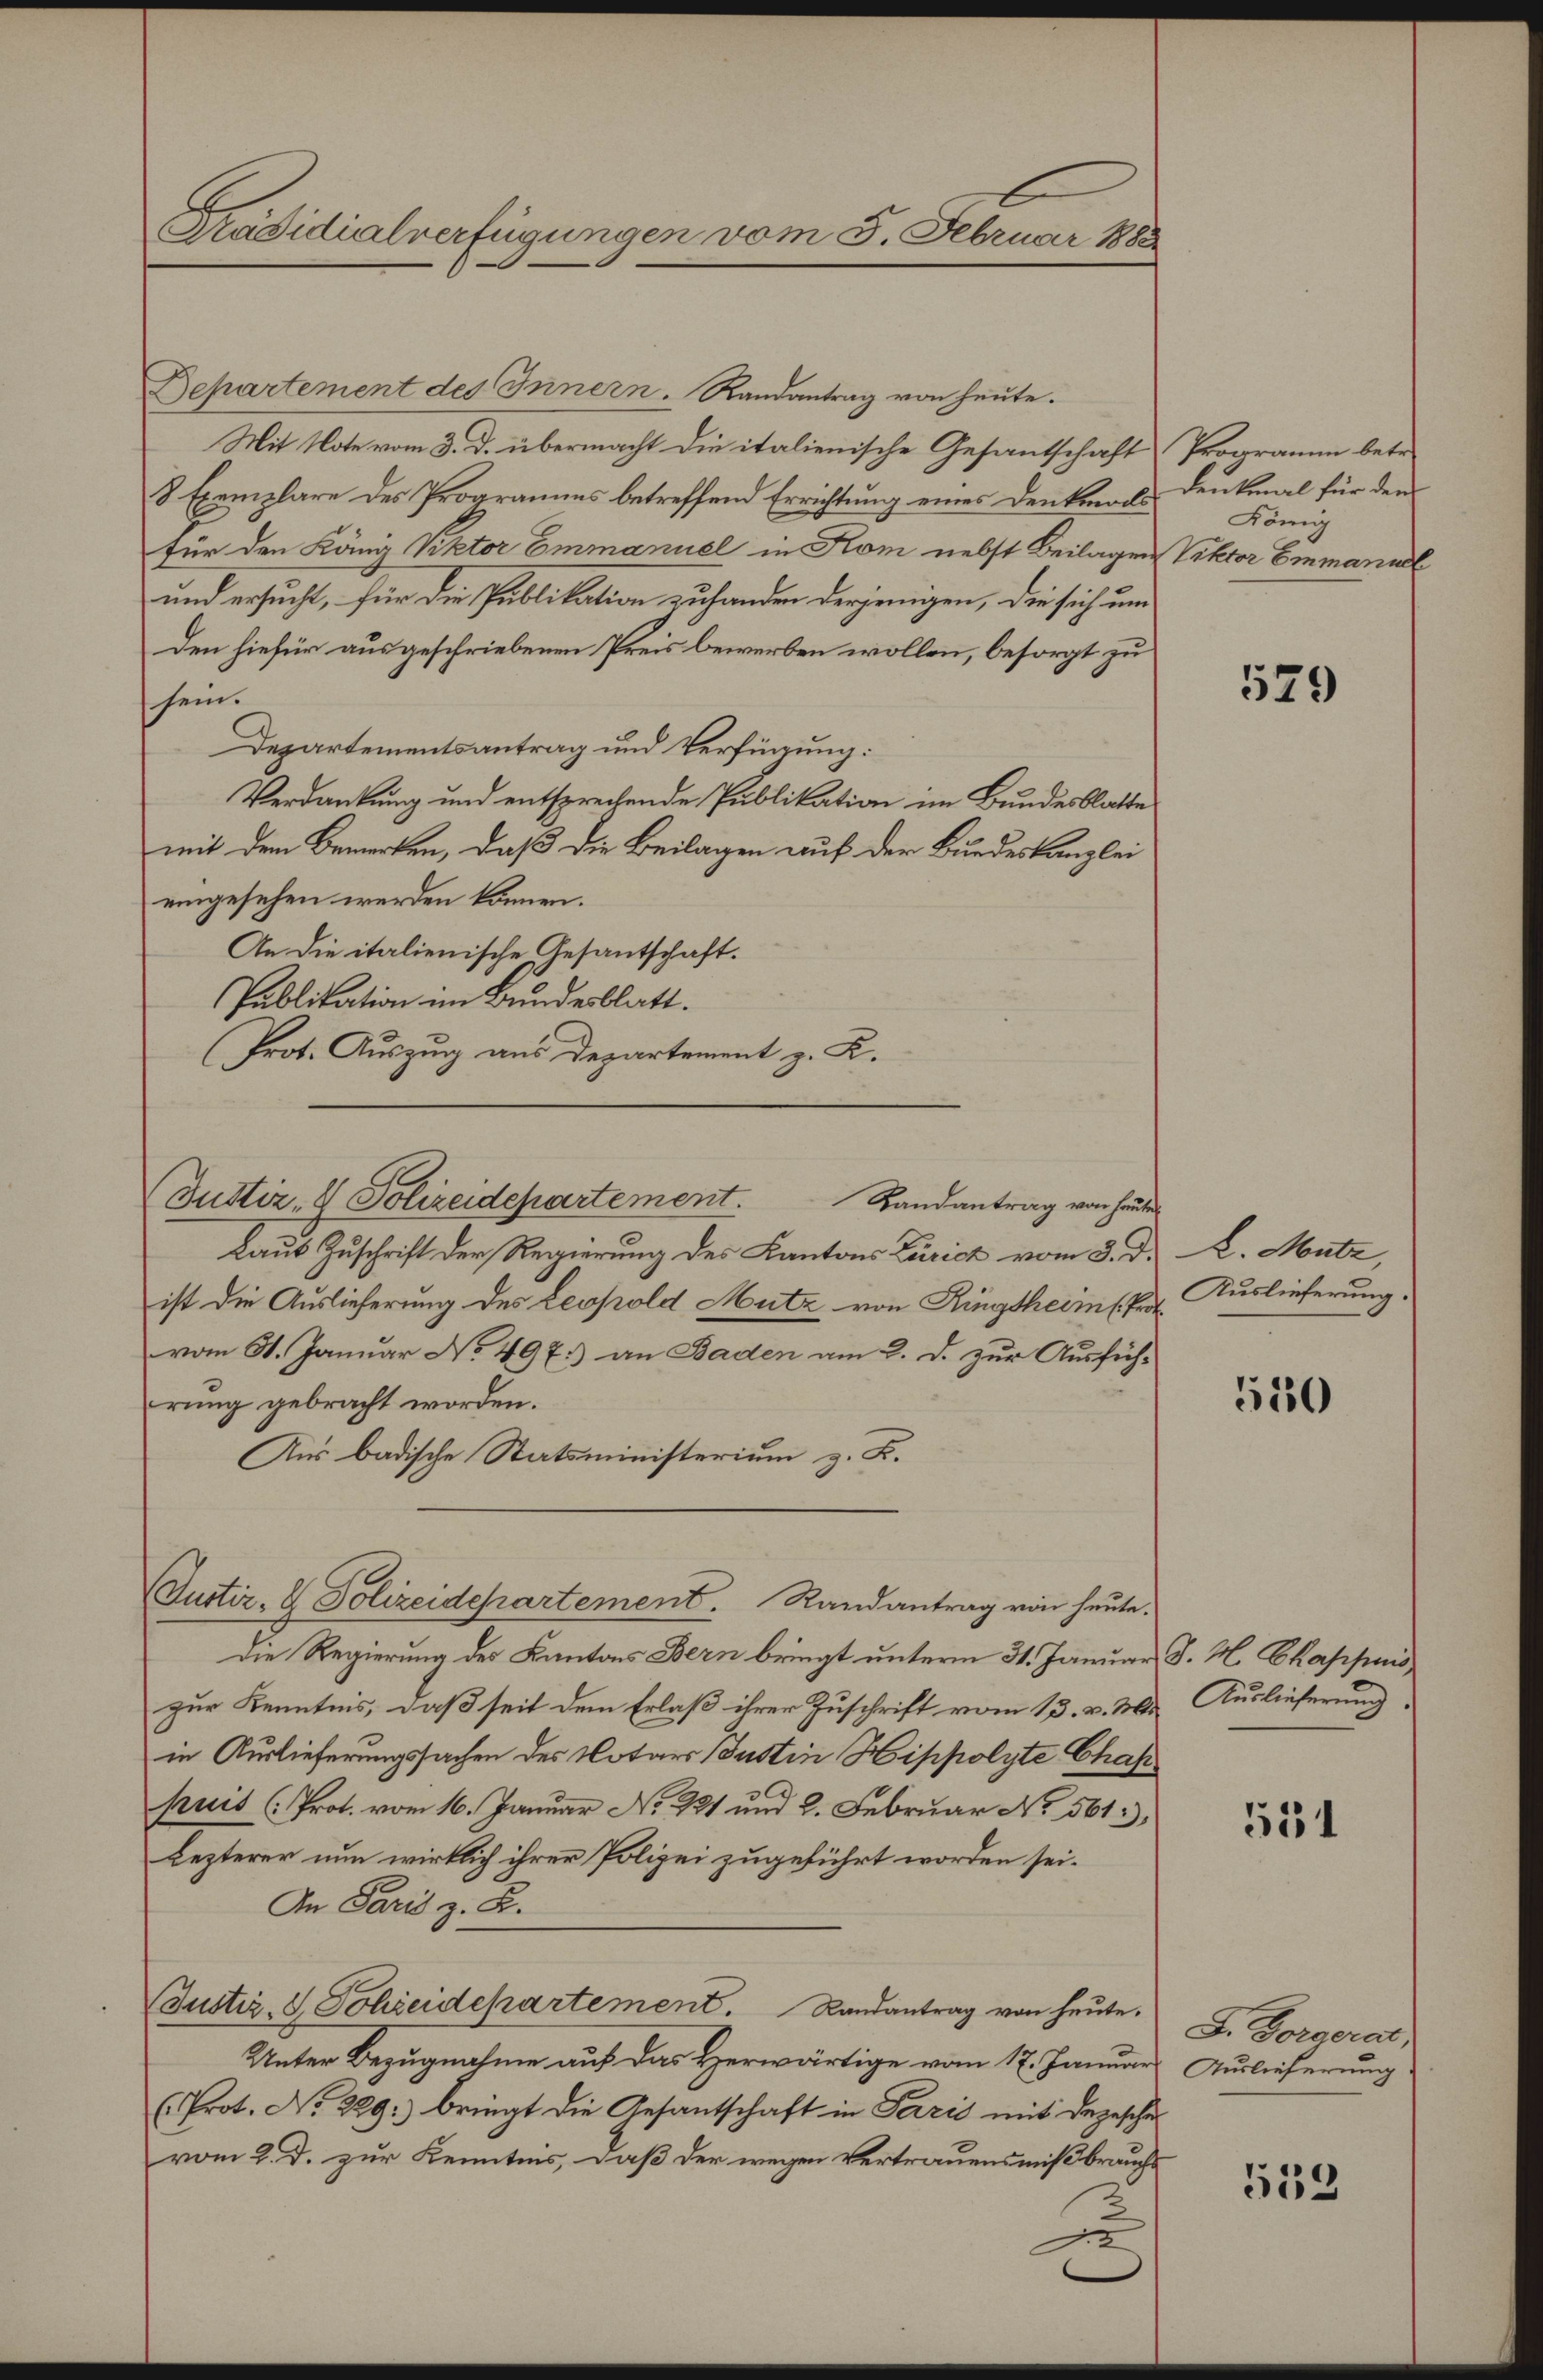
Kräsidialverfügungen vom 5. Februar 1888

Departement des Innern. Randantrag von heute.
Mit Note vom 3. D. übermacht die italienische Gesantschaft Programm betr.
8 Exemplare des Programms betreffend Errichtung eines Denkmarfür den König Viktor Emmanuel in Kom nebst Beilagen Viktor Emmanuel
und ersucht, für die Publikation zu handen derjenigen, die sich um
Den hiefür ausgeschriebenen Preis bewerben wollen, besorgt zu
sein.
Departementsantrag und Verfügung:
Verdankung und entsprechende Publikation im Bundesblatte
mit dem Bemerken, daß die Beilagen auf der Bundeskanzlei
eingesehen werden können.
An die italienische Gesantschaft.
Publikation im Bundesblatt.
Prot. Auszug aus Departement z. K.
Laut Zuschrift der Regierung des Kantons Zürich vom 3. d. A. Mutz,
ist die Auslieferung des Leopold Mutz von Ringsherister Auslieferung.
vom 31. Januar No. 497.) an Baden am 2. d. zur Ausfüh-
rung gebracht worden.
Aus badische Statsministerium z. B.
Justiz- & Polizeidepartement. Randantrag von heute.
Die Regierung des Kantons Bern bringt unterm 31. Januar J. H. Chappuis
zur Kenntnis, daß seit dem Erlaß ihrer Zuschrift vom 13. v. 3. Auslieferung
in Auslieferungssachen des Notars Justin Hippolyte Chaf
puis (Prot. vom 16. Januar No. 221 und 2. Februar No 561,
Lezterer nun wirklich ihrer Polizei zugeführt worden sei.
An Paris z. B.
Justiz- & Schreidepartement. Randantrag von heute.
Unter Bezugnahme auf das Herwärtige vom 17. Januar
(Prot. No. 229:) bringt die Gesantschaft in Paris mit degeschen
vom 2. d. zur Kenntnis, daß der wegen Vertrauensmißbrauchs

Justiz- & Polizeidepartement. Landantrag von heute

Denkmal für den
König

529

350

551

F. Forderat
Auslieferung

539